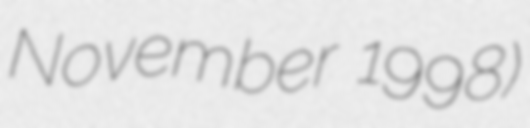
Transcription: November 1998)